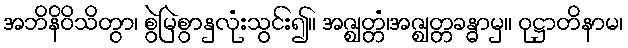
အဘိနိဝိသိတွာ၊ စွဲမြဲစွာနှလုံးသွင်း၍။ အဇ္ဈတ္တံ၊အဇ္ဈတ္တခန္ဓာမှ။ ဝုဋ္ဌာတိနာမ၊